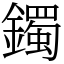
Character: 鐲